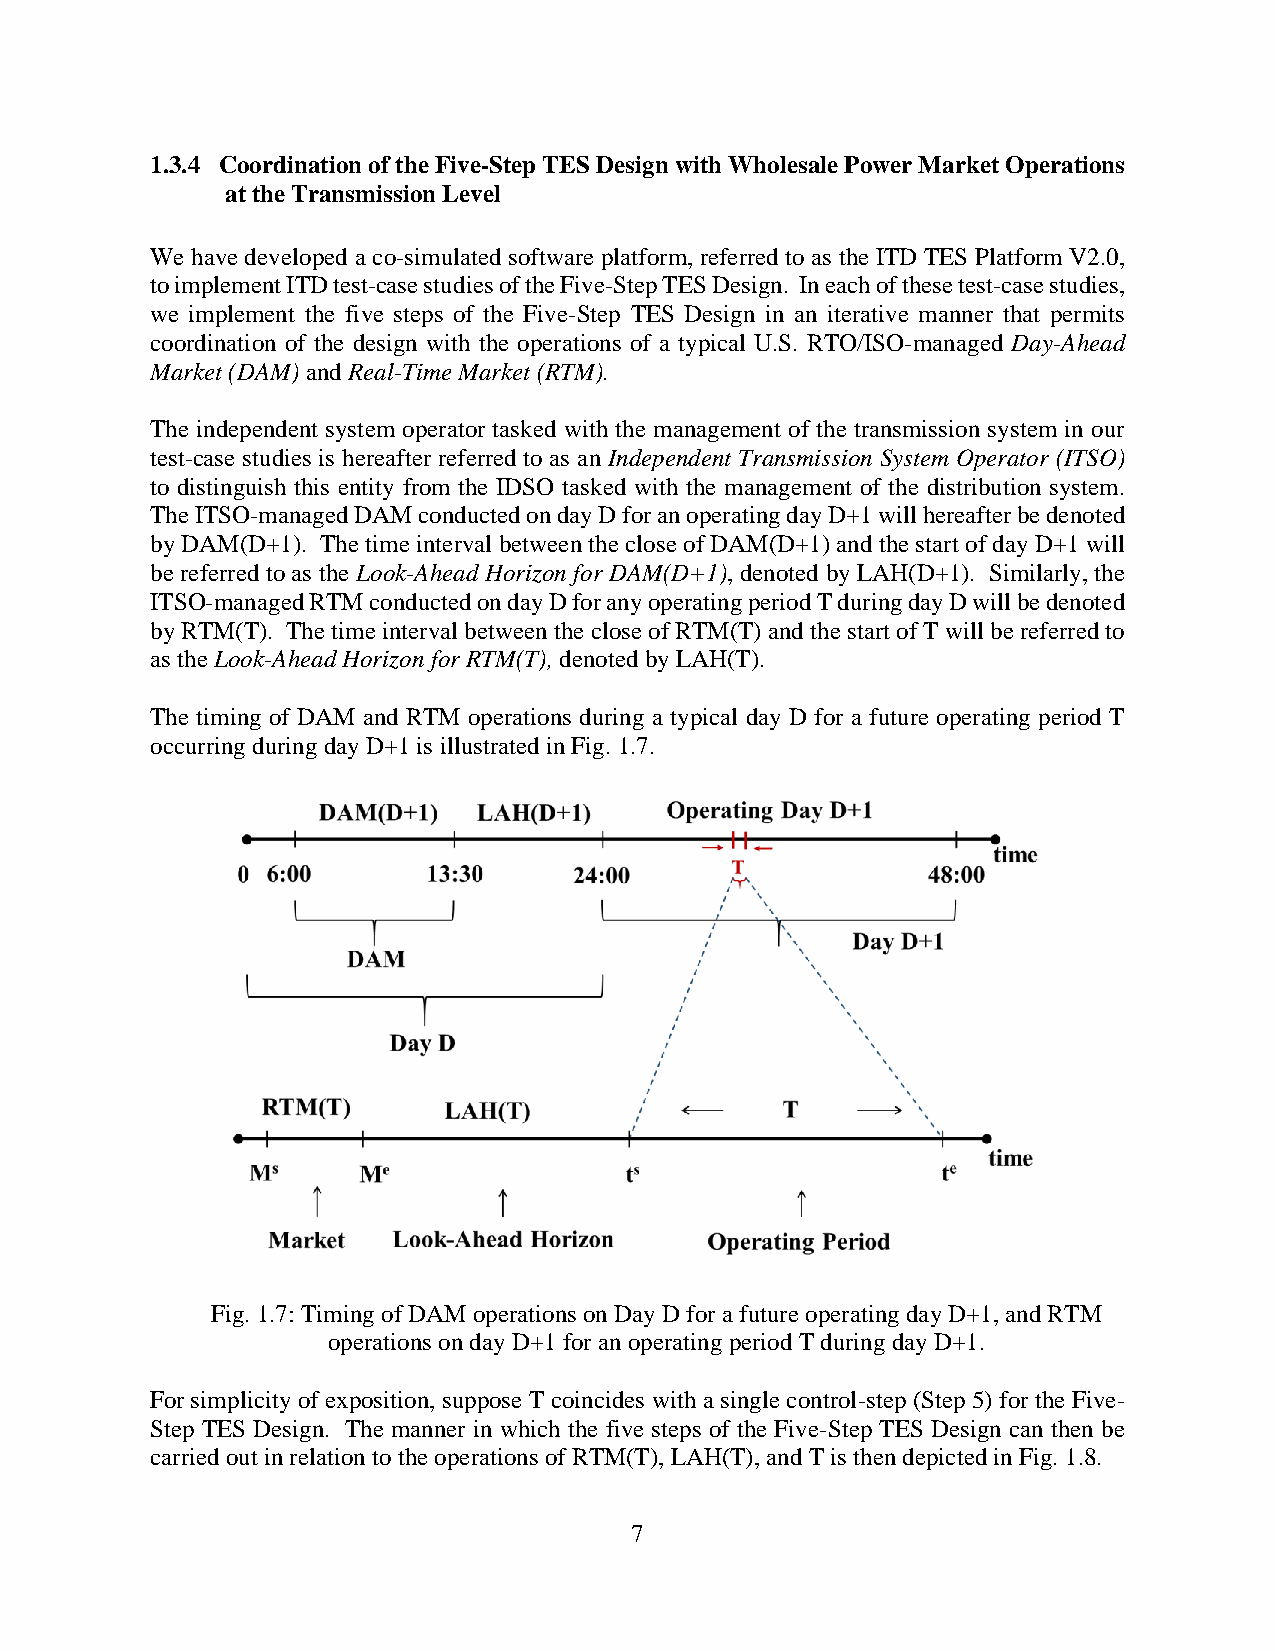
1.3.4 Coordination of the Five-Step TES Design with Wholesale Power Market Operations
 at the Transmission Level
 We have developed a co-simulated software platform, referred to as the ITD TES Platform V2.0,
 to implement ITD test-case studies of the Five-Step TES Design. In each of these test-case studies,
 we implement the five steps of the Five-Step TES Design in an iterative manner that permits
 coordination of the design with the operations of a typical U.S. RTO/ISO-managed Day-Ahead
 Market (DAM) and Real-Time Market (RTM).
 The independent system operator tasked with the management of the transmission system in our
 test-case studies is hereafter referred to as an Independent Transmission System Operator (ITSO)
 to distinguish this entity from the IDSO tasked with the management of the distribution system.
 The ITSO-managed DAM conducted on day D for an operating day D+1 will hereafter be denoted
 by DAM(D+1). The time interval between the close of DAM(D+1) and the start of day D+1 will
 be referred to as the Look-Ahead Horizon for DAM(D+1), denoted by LAH(D+1). Similarly, the
 ITSO-managed RTM conducted on day D for any operating period T during day D will be denoted
 by RTM(T). The time interval between the close of RTM(T) and the start of T will be referred to
 as the Look-Ahead Horizon for RTM(T), denoted by LAH(T).
 The timing of DAM and RTM operations during a typical day D for a future operating period T
 occurring during day D+1 is illustrated in Fig. 1.7.
 Fig. 1.7: Timing of DAM operations on Day D for a future operating day D+1, and RTM
 operations on day D+1 for an operating period T during day D+1.
 For simplicity of exposition, suppose T coincides with a single control-step (Step 5) for the Five-
 Step TES Design. The manner in which the five steps of the Five-Step TES Design can then be
 carried out in relation to the operations of RTM(T), LAH(T), and T is then depicted in Fig. 1.8.
 7